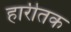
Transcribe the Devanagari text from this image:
हारीतक